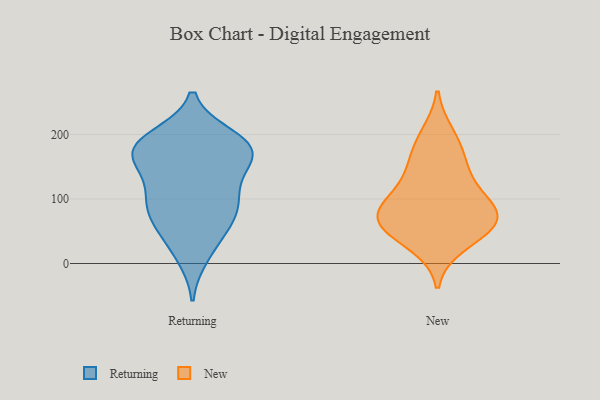
{"axis": {"x": "LTV (USD)", "y": "Value"}, "legend": ["New", "Returning"], "data": [{"x": "", "y": 85, "type": "Returning"}, {"x": "", "y": 93, "type": "Returning"}, {"x": "", "y": 195, "type": "Returning"}, {"x": "", "y": 183, "type": "Returning"}, {"x": "", "y": 33, "type": "Returning"}, {"x": "", "y": 187, "type": "Returning"}, {"x": "", "y": 167, "type": "Returning"}, {"x": "", "y": 73, "type": "Returning"}, {"x": "", "y": 62, "type": "Returning"}, {"x": "", "y": 169, "type": "Returning"}, {"x": "", "y": 13, "type": "Returning"}, {"x": "", "y": 132, "type": "Returning"}, {"x": "", "y": 92, "type": "Returning"}, {"x": "", "y": 169, "type": "Returning"}, {"x": "", "y": 180, "type": "Returning"}, {"x": "", "y": 117, "type": "Returning"}, {"x": "", "y": 173, "type": "Returning"}, {"x": "", "y": 199, "type": "New"}, {"x": "", "y": 30, "type": "New"}, {"x": "", "y": 70, "type": "New"}, {"x": "", "y": 176, "type": "New"}, {"x": "", "y": 61, "type": "New"}, {"x": "", "y": 95, "type": "New"}, {"x": "", "y": 145, "type": "New"}, {"x": "", "y": 76, "type": "New"}, {"x": "", "y": 91, "type": "New"}, {"x": "", "y": 132, "type": "New"}, {"x": "", "y": 50, "type": "New"}, {"x": "", "y": 67, "type": "New"}]}